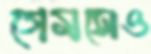
গেমসেও